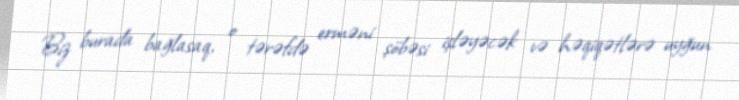
Biz burada bağlasaq, o tərəfdə erməni şöbəsi işləyəcək və həqiqətlərə uyğun